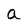
Character: a